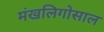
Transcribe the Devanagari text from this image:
मंखलिगोसाल